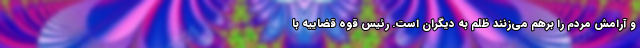
و آرامش مردم را برهم می‌زنند ظلم به دیگران است. رئیس قوه قضاییه با